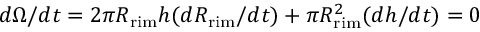
d \Omega / d t = 2 \pi R _ { \mathrm { r i m } } h ( d R _ { \mathrm { r i m } } / d t ) + \pi R _ { \mathrm { r i m } } ^ { 2 } ( d h / d t ) = 0